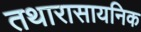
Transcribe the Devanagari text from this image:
तथारासायनिक